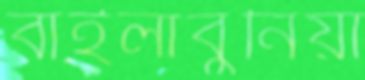
বাইলাবুনিয়া